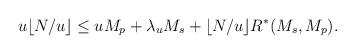
LaTeX: \begin{align*}\begin{aligned}u \lfloor N/u \rfloor &\leq uM_p + \lambda_uM_s + \lfloor N/u \rfloor R^{*}(M_s,M_p).\end{aligned}\end{align*}